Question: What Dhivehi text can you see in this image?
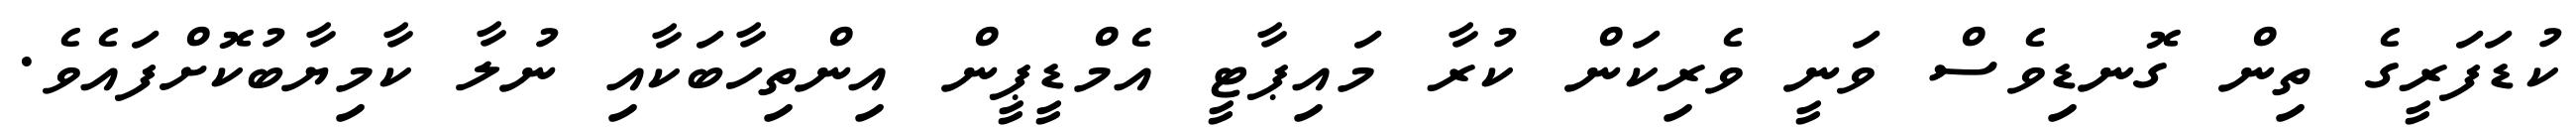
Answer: ކުޑަފަރީގެ ތިން ގޮނޑިވެސް ވަނީ ވެރިކަން ކުރާ މައިޕާޓީ އެމްޑީޕީން އިންތިހާބަކާއި ނުލާ ކާމިޔާބުކޮށްފައެވެ.